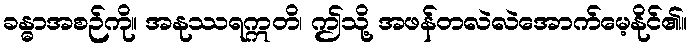
ခန္ဓာအစဉ်ကို။ အနုဿရဣတိ၊ ဤသို့ အဖန်တလဲလဲအောက်မေ့နိုင်၏။